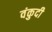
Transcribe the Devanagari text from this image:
वंकुदी